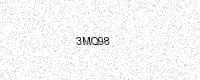
Text: 3MQ98